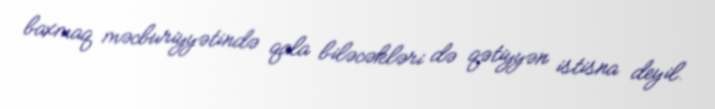
baxmaq məcburiyyətində qala biləcəkləri də qətiyyən istisna deyil.